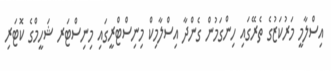
އިސްލާމީ މަރުކަޒުގެ ތެރޭގައި ހިންގަމުން ގެންދާ އިސްލާމިކް މިނިސްޓްރީގައި މިނިސްޓަރ ޝަހީމްގެ ކޮޓަރި